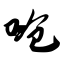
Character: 呛